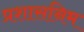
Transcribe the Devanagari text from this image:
प्रशासनिम